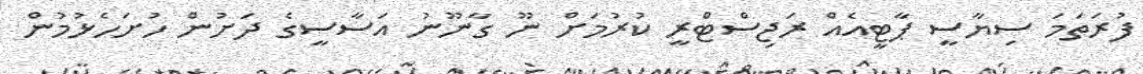
ފުރަތަމަ ސިޔާސީ ޕާޓީއެއް ރަޖިސްޓްރީ ކުރުމަށް ނޫ ގާނޫނު އަސާސީގެ ދަށުން ހުށަހެޅުމުން